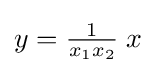
y={\tfrac {1}{x_{1}x_{2}}}\;x\